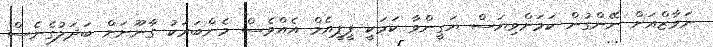
ނަވާޒްއަށް ނޭންގުން ކަަމަށްވިޔަސް ޔަގީންވާ ކަަމަކީ ޕީޕީއެމް އެއްވެސް މެންބަރަކު ގާނޫނަށް ބަދަލުގެނެސް